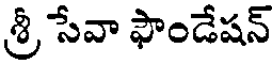
శ్రీ సేవా ఫౌండేషన్